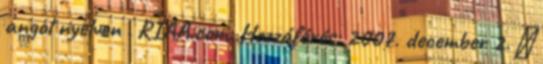
angol nyelven . RIAA.com. Hozzáférés: 2007. december 2. ↑